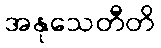
အနုသေတီတိ